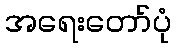
အရေးတော်ပုံ